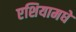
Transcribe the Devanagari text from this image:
एशियामधे